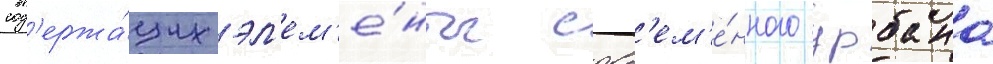
сод'ержа́щих эл'ем'е́нты совр'ем'е́нного урбана